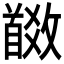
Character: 𩠩